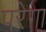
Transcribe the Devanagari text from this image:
परेगा